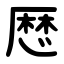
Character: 厯